Source: Handwritten
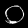
Digit: ၀ (0)